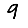
Digit: 9